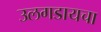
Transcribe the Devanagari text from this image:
उलगडायचा